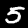
Label: 5